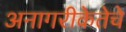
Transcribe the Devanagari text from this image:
अनागरीकेतेचे